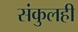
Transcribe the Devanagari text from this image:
संकुलही